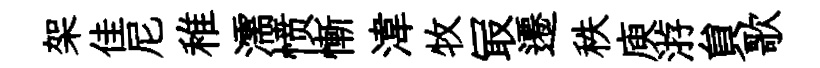
架佳尼稚濡愤慚湋牧冣遷秩庾㳺貟歌